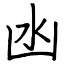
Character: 凼